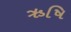
ઋષિ